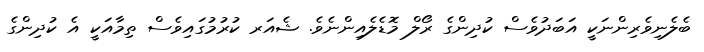
ބެލެނިވެރިންނަކީ އަބަދުވެސް ކުދިންގެ ރޯލް މޮޑެލެއިންނެވެ. ޝެއަރ ކުރުމުގައިވެސް ތިމާއަކީ އެ ކުދިންގެ